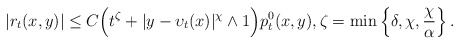
\begin{align*}|r_t(x,y)|\leq C\Big(t^\zeta+|y-\upsilon_t(x)|^\chi\wedge 1\Big)p_t^0(x,y),\zeta=\min\left\{\delta, \chi, {\chi\over \alpha}\right\}.\end{align*}